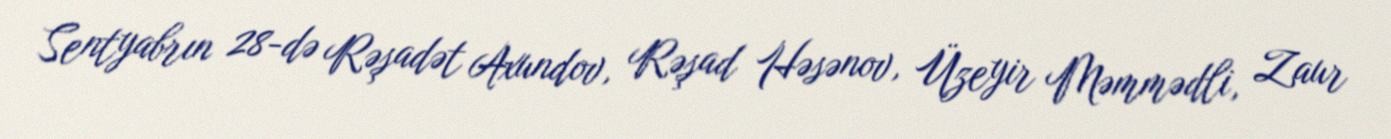
Sentyabrın 28-də Rəşadət Axundov, Rəşad Həsənov, Üzeyir Məmmədli, Zaur